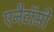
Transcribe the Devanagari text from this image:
एनैटॉमी